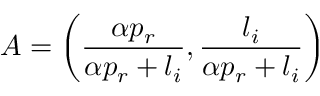
A = \left( \frac { \alpha p _ { r } } { \alpha p _ { r } + l _ { i } } , \frac { l _ { i } } { \alpha p _ { r } + l _ { i } } \right)